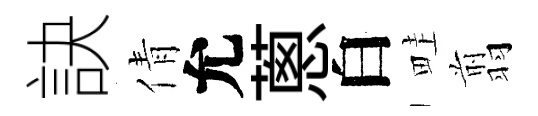
訣倩允蔥白畦翦